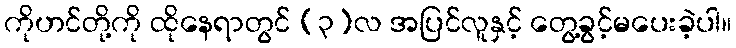
ကိုဟင်တို့ကို ထိုနေရာတွင် (၃)လ အပြင်လူနှင့် တွေ့ခွင့်မပေးခဲ့ပါ။